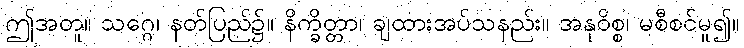
ဤအတူ။ သဂ္ဂေ၊ နတ်ပြည်၌။ နိက္ခိတ္တာ၊ ချထားအပ်သနည်း။ အနုဝိစ္စ၊ မစီစင်မူ၍။